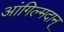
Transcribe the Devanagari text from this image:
आंगिल्मदान्